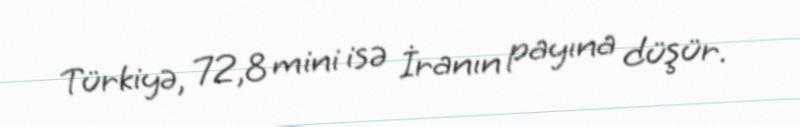
Türkiyə, 72,8 mini isə İranın payına düşür.